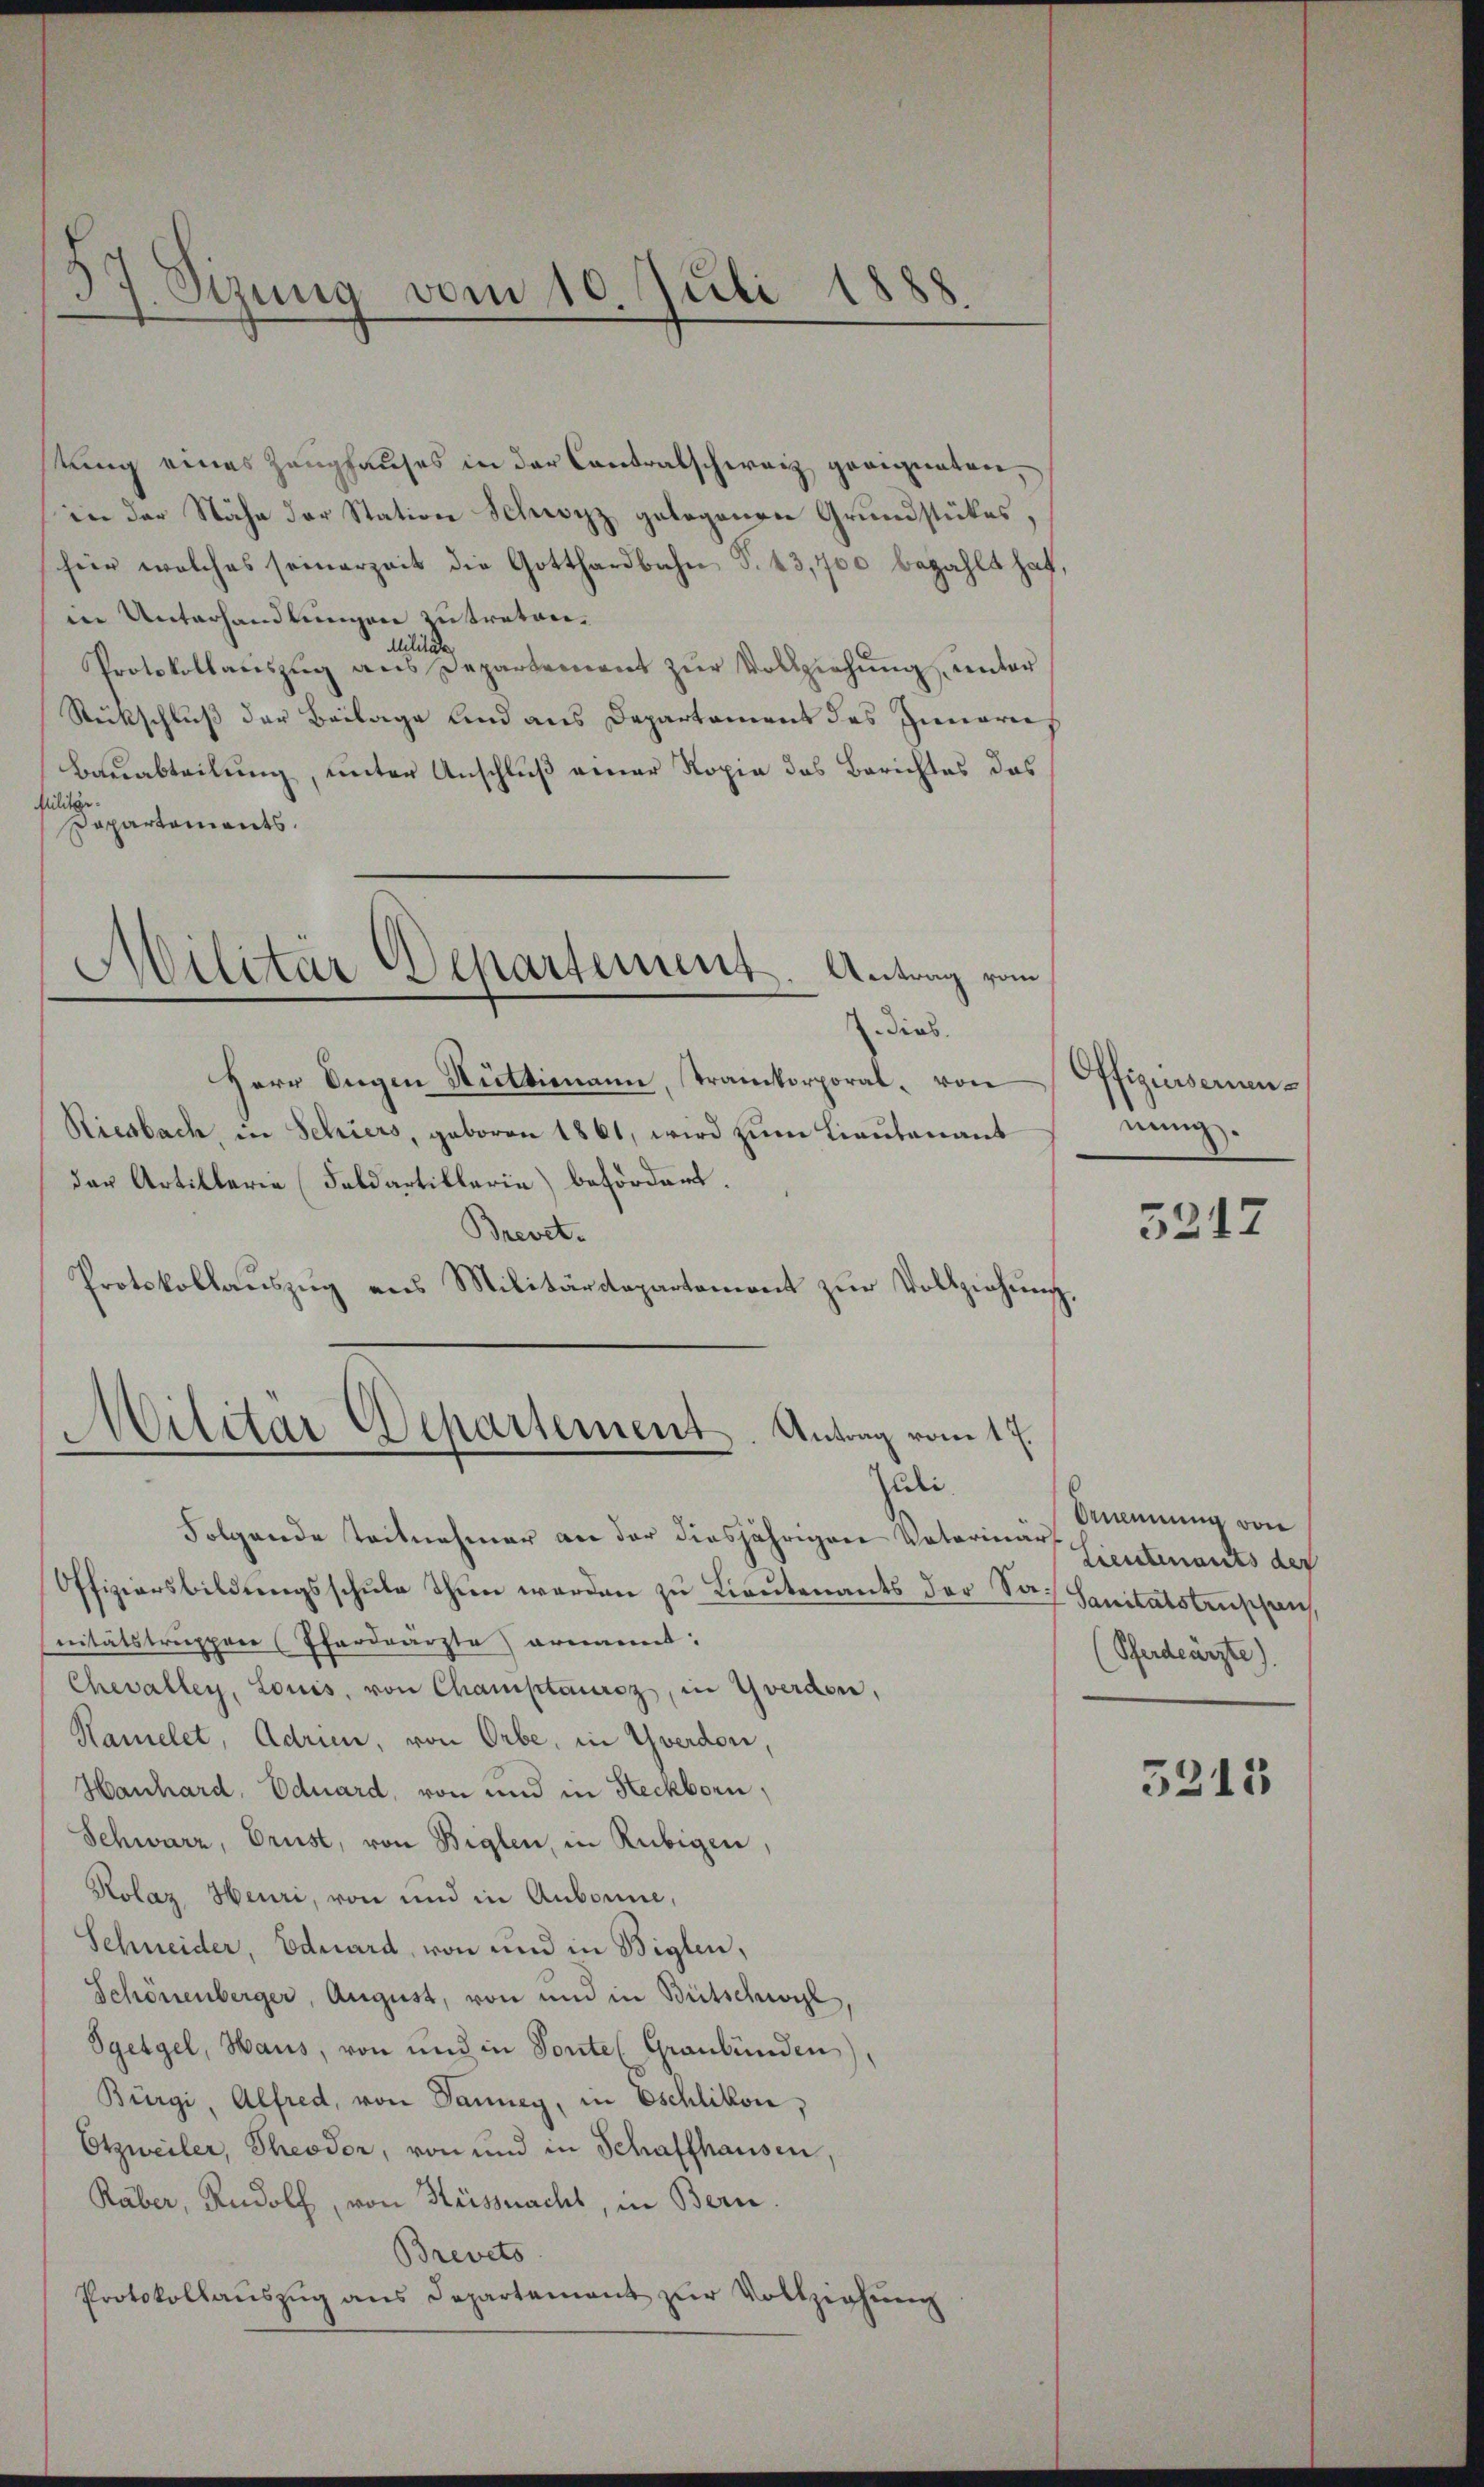
57. Sizung vom 10. Juli 1888.

tung eines Zeughauses in der Contralschweiz geeigneten,
in der Nähe der Station Schwyz gelegenen Grundstückes,
für welches seinerzeit die Gotthardbahn, S. 43,700 bezahlt hat
in Unterhandlungen zutreten.
Militäten
Protokollaŭszŭg ans Departement zŭr Vollziehŭng unter
Rückschluß der Beilage und aus Departement des Innern,
Bauabteilung, unter Anschluß einer Kopia das Berichtes das
lilitär-
Papartaments.
Militär Departement. Antrag vom
dias.
Herr Ingen Rüttimann, Trankorporal. von
Riesbach, in Schiers, geboren 1861, wird zum Lieutenant
der Artillerie (Feldartillerie) befördert.
Brevet¬
Protokollaŭszŭg ans Militärdepartement zŭr Vollziehŭng.

Militär Departement. Antrag vom 17.
Juli.

Folgende Teilnehmer an der diesjährigen Vaterinärs
Offiziersbildungsschule Thun werden zu Lieutenants der San Sanitätstrischen,
nitätstruppen (Pferdrärzte ernannt:
Chevalley, Louis, von Champtaursz, in Yverden,
Hamelet, Adrie, von Orbe, in Yverdon,
Hanhard, Eduard, von und in Heckborn,
Schwarz, Drust, von Biglen, in Rubigen,
Kolaz, Heuri, von und in Aubonne,
Schneider, Eduard, von und in Biglen,
Schönenberger, August, von und in Britschwil
Sgetgel, Haus, von und in Ponte (Graubünden
Bürgi, Alfred, von Tanney, in Eschlikon,
Otzweiler, Theodor, von und in Schaffhausen,
Räber, Rudolf, von Heissnacht, in Bern.
Brevets
Protokollauszug aus Departement zur Vollziehung

Offizinserennung.

3212

Anennung von
Lieutenants der
(Pferdeärzte).

5213